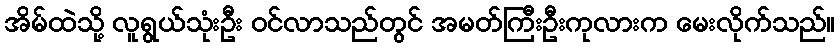
အိမ်ထဲသို့ လူရွယ်သုံးဦး ဝင်လာသည်တွင် အမတ်ကြီးဦးကုလားက မေးလိုက်သည်။